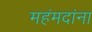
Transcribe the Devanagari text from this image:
महंमदांना